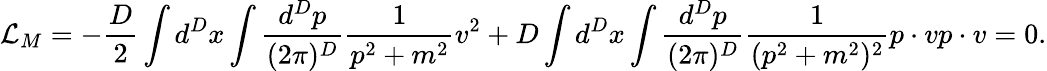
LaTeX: {\cal L}_{M}=-{\frac{D}{2}}\int d^{D}x\int\frac{d^{D}p}{(2\pi)^{D}}\frac{1}{p^{2}+m^{2}}v^{2}+D\int d^{D}x\int\frac{d^{D}p}{(2\pi)^{D}}\frac{1}{(p^{2}+m^{2})^{2}}p\cdot vp\cdot v=0.